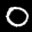
Label: 0